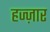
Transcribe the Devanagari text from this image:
हज्ज़ार